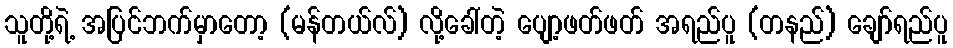
သူတို့ရဲ့ အပြင်ဘက်မှာတော့ (မန်တယ်လ်) လို့ခေါ်တဲ့ ပျော့ဖတ်ဖတ် အရည်ပူ (တနည်) ချော်ရည်ပူ